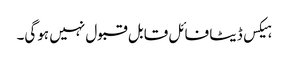
ہیکس ڈیٹا فائل قابل قبول نہیں ہوگی۔